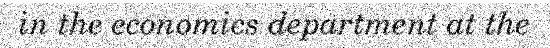
in the economics department at the